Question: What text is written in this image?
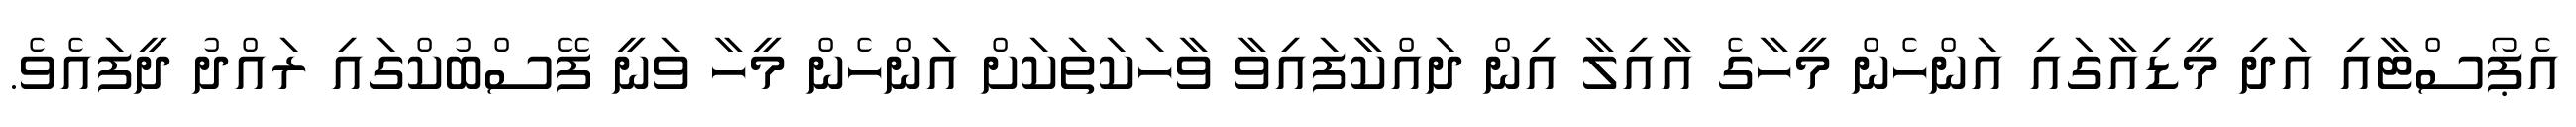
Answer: އެޕޯސްޓާއި އަދި މީޑިއާގައި އަންހެން މީހާގެ އާއިލާ އިން ދައްކާފައިވާ ވާހަކަތަކަށް އަންހެން މީހާ ވަނީ ފޭސްބުކްގައި ރައްދު ދީފައެވެ.